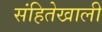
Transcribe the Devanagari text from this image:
संहितेखाली